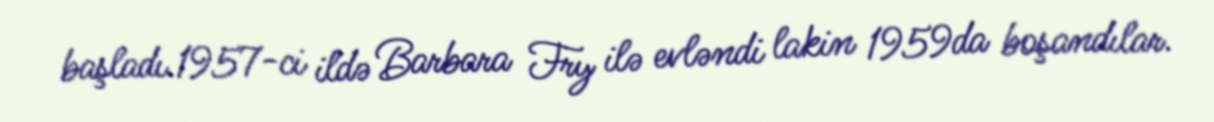
başladı.1957-ci ildə Barbara Fry ilə evləndi lakin 1959da boşandılar.